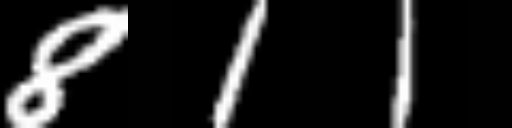
Text: 811